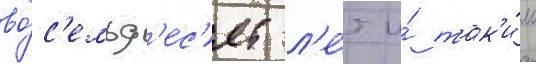
во́с'емьд'ес'ят л'е́т и́ так'и́м